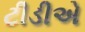
ટીડીએ